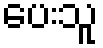
ပေးသူ